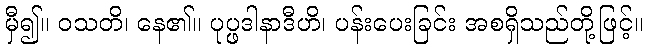
မှီ၍။ ဝသတိ၊ နေ၏။ ပုပ္ဖဒါနာဒီဟိ၊ ပန်းပေးခြင်း အစရှိသည်တို့ဖြင့်။